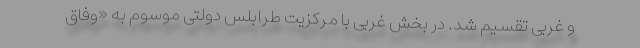
و غربی تقسیم شد. در بخش غربی با مرکزیت طرابلس دولتی موسوم به «وفاق